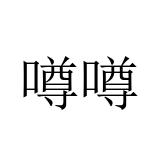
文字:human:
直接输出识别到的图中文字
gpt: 噂噂